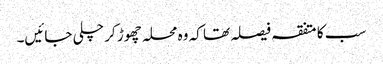
سب کا متفقہ فیصلہ تھا کہ وہ محلہ چھوڑ کر چلی جائیں۔